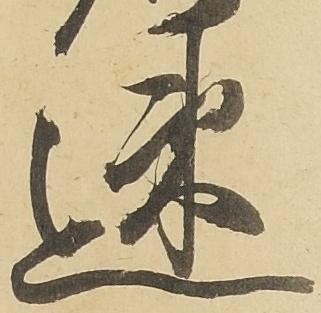
速